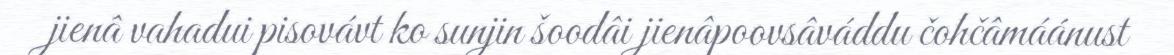
jienâ vahadui pisovávt ko sunjin šoodâi jienâpoovsâváddu čohčâmáánust